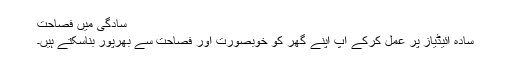
سادگی میں فصاحت
سادہ آئیڈیاز پر عمل کرکے آپ اپنے گھر کو خوبصورت اور فصاحت سے بھرپور بناسکتے ہیں۔